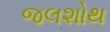
જલશોથ